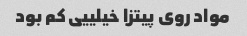
مواد روی‌ پیتزا خیلییی کم بود